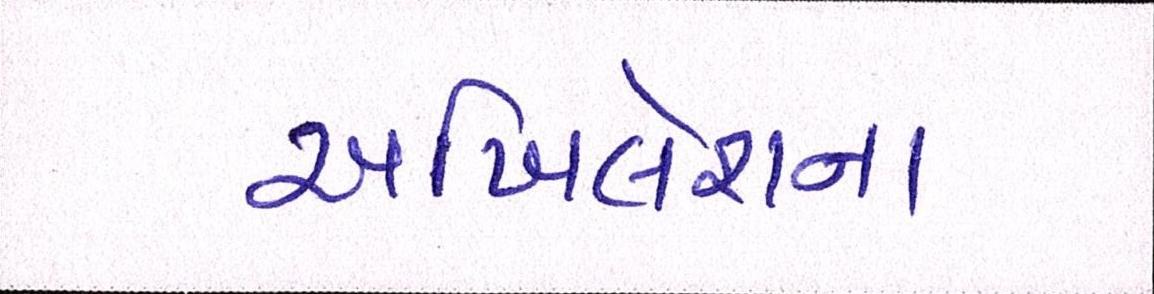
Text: અખિલેશના